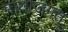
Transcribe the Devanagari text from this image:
मायाजगत्